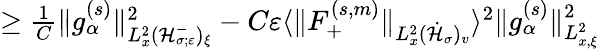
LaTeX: \begin{array}{r}{\geq\frac{1}{C}\| g_{\alpha}^{(s)}\| _{L_{x}^{2}(\mathcal H_{\sigma;\varepsilon}^{-})_{\xi}}^{2}-C\varepsilon\langle\| F_{+}^{(s,m)}\| _{L_{x}^{2}(\dot{\mathcal H}_{\sigma})_{v}}\rangle^{2}\| g_{\alpha}^{(s)}\| _{L_{x,\xi}^{2}}^{2}}\end{array}